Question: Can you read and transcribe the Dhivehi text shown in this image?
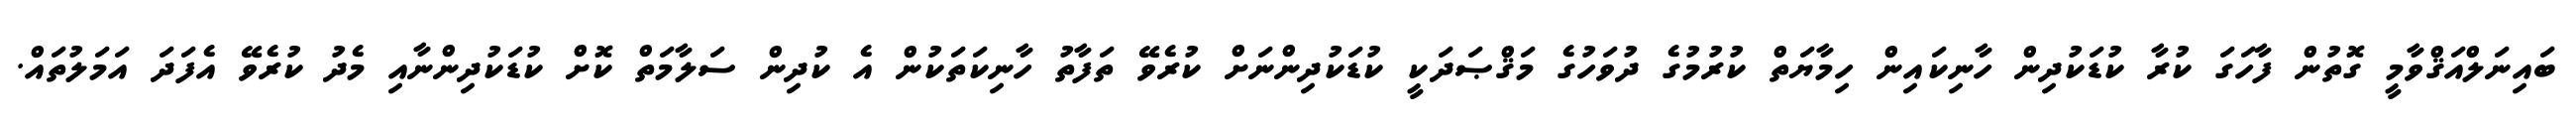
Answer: ބައިނަލްއަޤްވާމީ ގޮތުން ފާހަގަ ކުރާ ކުޑަކުދިން ހާނިކައިން ހިމާޔަތް ކުރުމުގެ ދުވަހުގެ މަޤްޞަދަކީ ކުޑަކުދިންނަށް ކުރެވޭ ތަފާތު ހާނިކަތަކުން އެ ކުދިން ސަލާމަތް ކޮށް ކުޑަކުދިންނާއި މެދު ކުރެވޭ އެފަދަ އަމަލުތައް.